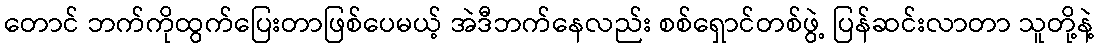
တောင် ဘက်ကိုထွက်ပြေးတာဖြစ်ပေမယ့် အဲဒီဘက်နေလည်း စစ်ရှောင်တစ်ဖွဲ့ ပြန်ဆင်းလာတာ သူတို့နဲ့